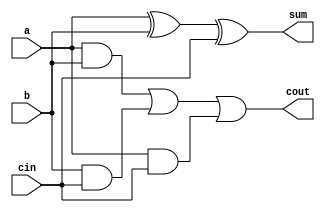
`timescale 1ns / 1ps
//////////////////////////////////////////////////////////////////////////////////
// Company: 
// Engineer: 
// 
// Design Name: 
// Module Name: fulladder
// Project Name: 
// Target Devices: 
// Tool Versions: 
// Description: 
// 
// Dependencies: 
// 
// Revision:
// Revision 0.01 - File Created
// Additional Comments:
// 
//////////////////////////////////////////////////////////////////////////////////


module fulladder(input a,b,cin,
                 output sum,cout
    );
    
    xor X0(sum,a,b,cin);    // XOR gate instantiation for sum
    
    wire z1,z2,z3;
    
    and A0(z1,a,b),         // Carry-out gate connections
        A1(z2,b,cin),
        A3(z3,a,cin);
    or O1(cout,z1,z2,z3);
    
endmodule